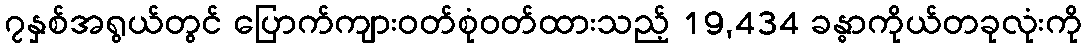
၇နှစ်အရွယ်တွင် ပြောက်ကျားဝတ်စုံဝတ်ထားသည့် 19,434 ခန္ဓာကိုယ်တခုလုံးကို